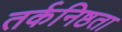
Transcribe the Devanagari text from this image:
तर्कनिष्ठता